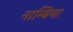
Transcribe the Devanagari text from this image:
नाम्बिया